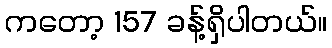
ကတော့ 157 ခန့်ရှိပါတယ်။